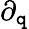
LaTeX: \partial_{\mathtt{q}}